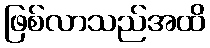
ဖြစ်လာသည်အထိ